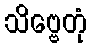
သိဗ္ဗေတုံ